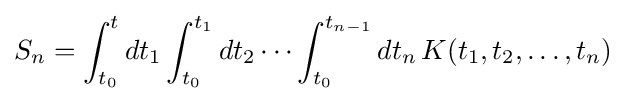
S_{n}=\int _{t_{0}}^{t}dt_{1}\int _{t_{0}}^{t_{1}}dt_{2}\cdots \int _{t_{0}}^{t_{n-1}}dt_{n}\,K(t_{1},t_{2},\dots ,t_{n})